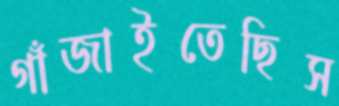
গাঁজাইতেছিস